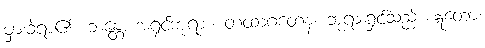
မှားခဲ့ရာ၏။ ဘန္တေ၊ အရှင်ဘုရား။ တထာဂတေန၊ ဘုရားရှင်သည်။ ဣတော၊